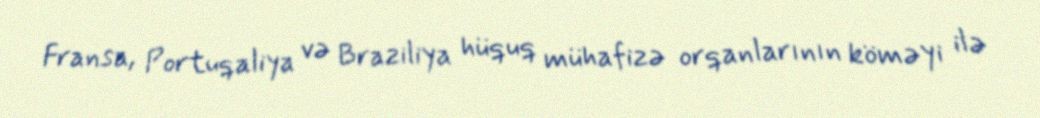
Fransa, Portuqaliya və Braziliya hüquq mühafizə orqanlarının köməyi ilə